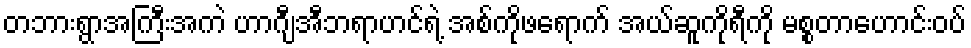
တဘားရွာအကြီးအကဲ ဟာဂျီအီဘရာဟင်ရဲ့ အစ်ကိုဖရောက် အယ်ဆူကိုရီကို မစ္စတာဟောင်းဝပ်